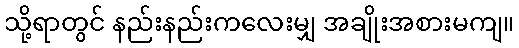
သို့ရာတွင် နည်းနည်းကလေးမျှ အချိုးအစားမကျ။